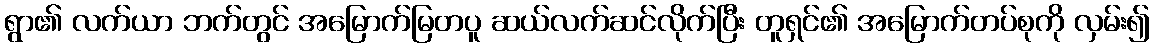
ရွာ၏ လက်ယာ ဘက်တွင် အမြောက်မြတပူ ဆယ်လက်ဆင်လိုက်ပြီး တူရှင်၏ အမြောက်တပ်စုကို လှမ်း၍